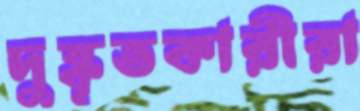
দুষ্কৃতকারীরা